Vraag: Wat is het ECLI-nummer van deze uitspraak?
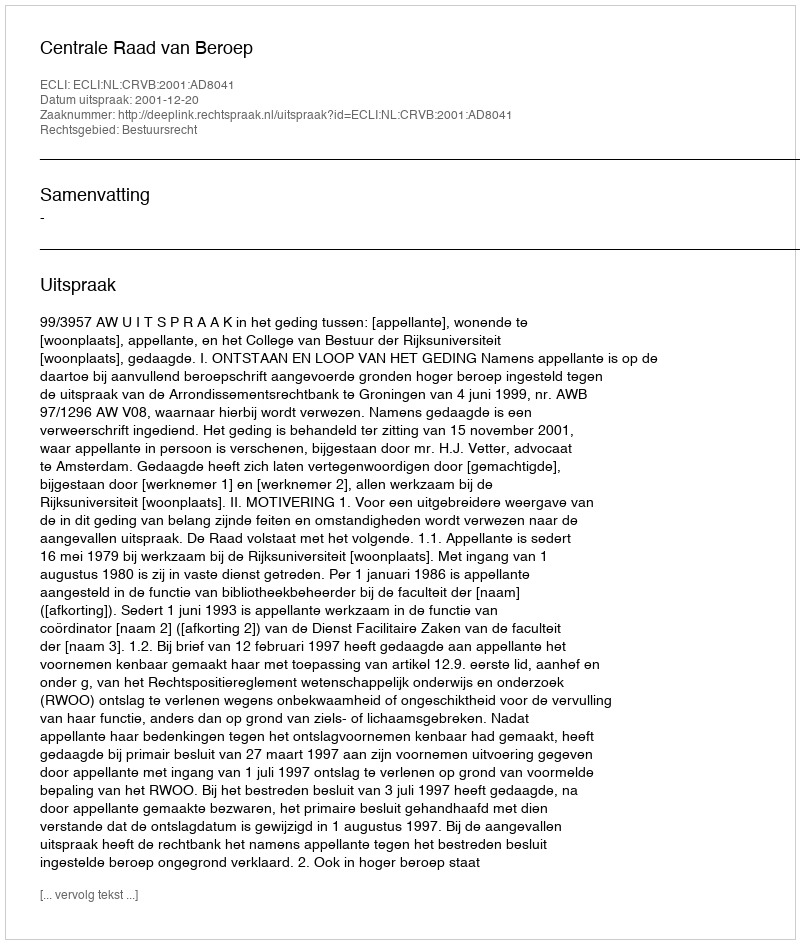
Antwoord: ECLI:NL:CRVB:2001:AD8041